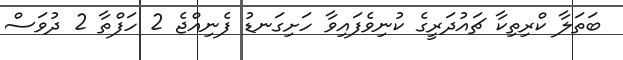
ބަތަލާ ކްރިތިކާ ޗައުދަރީގެ ކުނިވެފައިވާ ހަށިގަނޑު ފެނިއްޖެ 2 ހަފްތާ 2 ދުވަސް